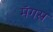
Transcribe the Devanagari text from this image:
मॅगस